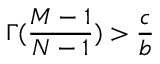
\Gamma ( \frac { M - 1 } { N - 1 } ) > \frac { c } { b }